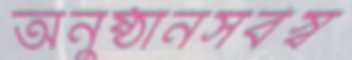
অনুষ্ঠানসর্বস্ব